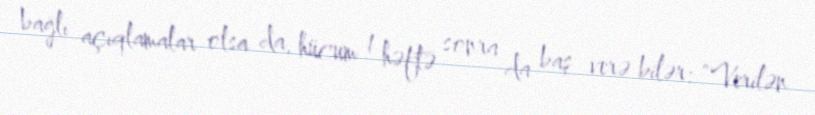
bağlı açıqlamalar olsa da, hücum 1 həftə sonra da baş verə bilər: “Verilən